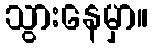
သွားနေမှာ။